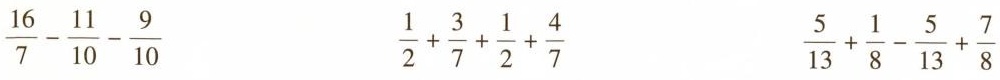
$$\frac { 1 6 } { 7 } - \frac { 1 1 } { 1 0 } - \frac { 9 } { 1 0 }$$ $$\frac { 1 } { 2 } + \frac { 3 } { 7 } + \frac { 1 } { 2 } + \frac { 4 } { 7 }$$ $$\frac { 5 } { 1 3 } + \frac { 1 } { 8 } - \frac { 5 } { 1 3 } + \frac { 7 } { 8 }$$